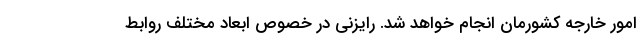
امور خارجه کشورمان انجام خواهد شد. رایزنی در خصوص ابعاد مختلف روابط